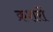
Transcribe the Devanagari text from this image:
क्रशरों